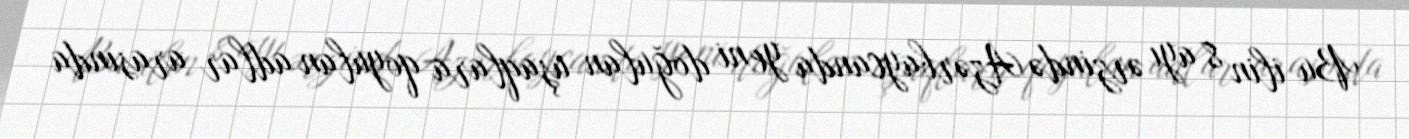
Bu ilin 8 ayı ərzində Azərbaycanda yeni doğulan uşaqlara qoyulan adlar arasında